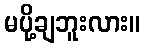
မပို့ချဘူးလား။